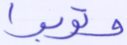
وتوبوا